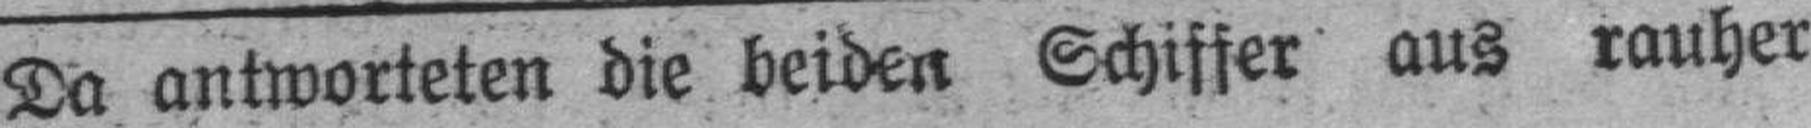
Da antworteten die beiden Schiffer aus rauher